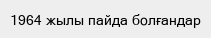
1964 жылы пайда болғандар